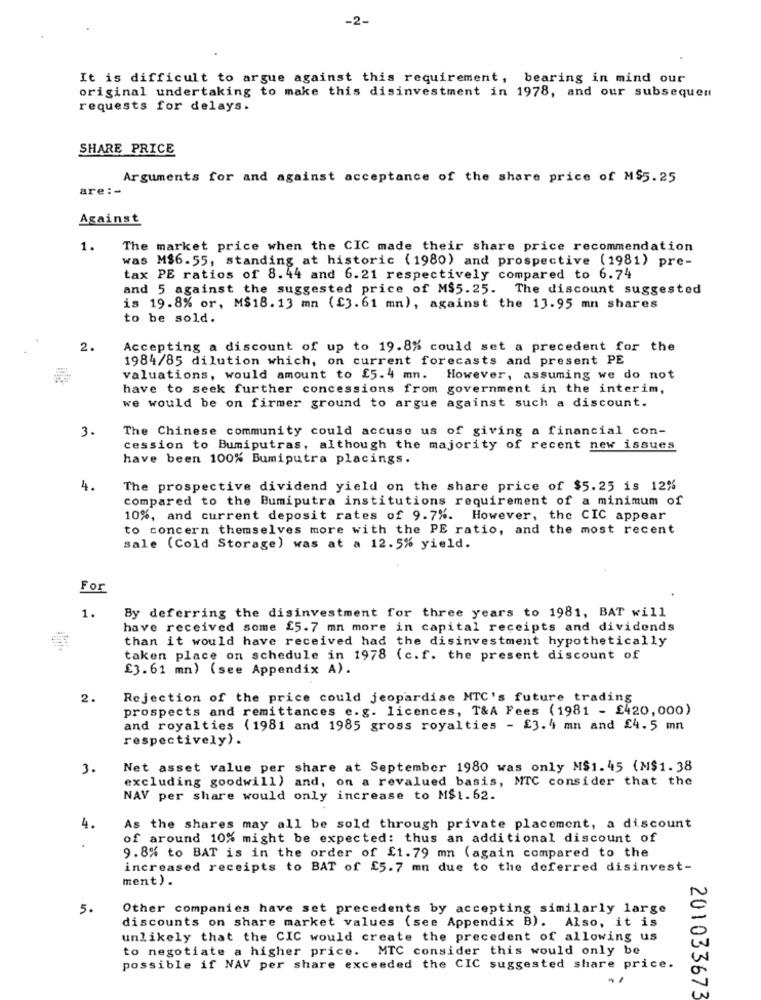
-2-
It is difficult to argue against this requirement, bearing in mind our
original undertaking to make this disinvestment in 1978, and our subsequen
requests for delays.
SHARE PRICE
Arguments for and against acceptance of the share price of M$5.25
are :-
Against
1.
The market price when the CIC made their share price recommendation
was M$6.55, standing at historic (1980) and prospective (1981) pre-
tax PE ratios of 8.44 and 6.21 respectively compared to 6.74
and 5 against the suggested price of M$5.25. The discount suggested
is 19.8% or, M$18.13 mn ({3.61 mn), against the 13.95 mn shares
to be sold.
2.
Accepting a discount of up to 19.8% could set a precedent for the
1984/85 dilution which, on current forecasts and present PE
valuations, would amount to £5.4 mn. However, assuming we do not
have to seek further concessions from government in the interim,
we would be on firmer ground to argue against such a discount.
3.
The Chinese community could accuse us of giving a financial con-
cession to Bumiputras, although the majority of recent new issues
have been 100% Bumiputra placings.
4.
The prospective dividend yield on the share price of $5.25 is 12%
compared to the Bumiputra institutions requirement of a minimum of
10%, and current deposit rates of 9.7%. However, the CIC appear
to concern themselves more with the PE ratio, and the most recent
sale (Cold Storage) was at a 12.5% yield.
For
1.
By deferring the disinvestment for three years to 1981, BAT will
have received some £5.7 mn more in capital receipts and dividends
than it would have received had the disinvestment hypothetically
taken place on schedule in 1978 (c.f. the present discount of
£3.61 mn) (see Appendix A).
2.
Rejection of the price could jeopardise MTC's future trading
prospects and remittances e.g. licences, T&A Fees (1981 - £420,000)
and royalties (1981 and 1985 gross royalties - £3.4 mn and £4.5 mn
respectively) .
3.
Net asset value per share at September 1980 was only M$1.45 (M$1.38
excluding goodwill) and, on a revalued basis, MTC consider that the
NAV per share would only increase to M$1.62.
4.
As the shares may all be sold through private placement, a discount
of around 10% might be expected: thus an additional discount of
9.8% to BAT is in the order of £1. 79 mn (again compared to the
increased receipts to BAT of £5.7 mn due to the deferred disinvest-
ment).
5.
Other companies have set precedents by accepting similarly large
discounts on share market values (see Appendix B). Also, it is
unlikely that the CIC would create the precedent of allowing us
to negotiate a higher price. MTC consider this would only be
possible if NAV per share exceeded the CIC suggested share price.
201033673